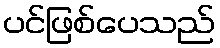
ပင်ဖြစ်ပေသည်